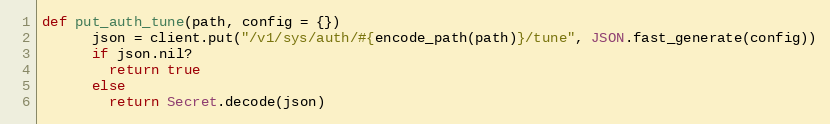
Language: Ruby
def put_auth_tune(path, config = {})
      json = client.put("/v1/sys/auth/#{encode_path(path)}/tune", JSON.fast_generate(config))
      if json.nil?
        return true
      else
        return Secret.decode(json)